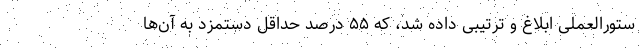
ستورالعملی ابلاغ و ترتیبی داده شد، که ۵۵ درصد حداقل دستمزد به آن‌ها